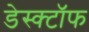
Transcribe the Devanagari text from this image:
डेस्क्टॉफ